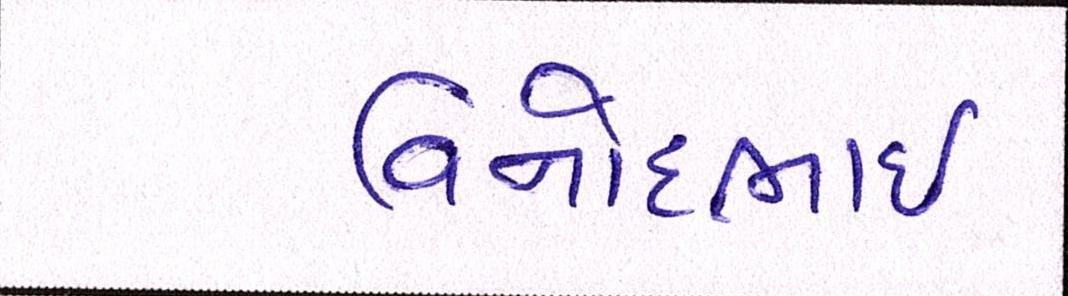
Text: વિનોદભાઈ